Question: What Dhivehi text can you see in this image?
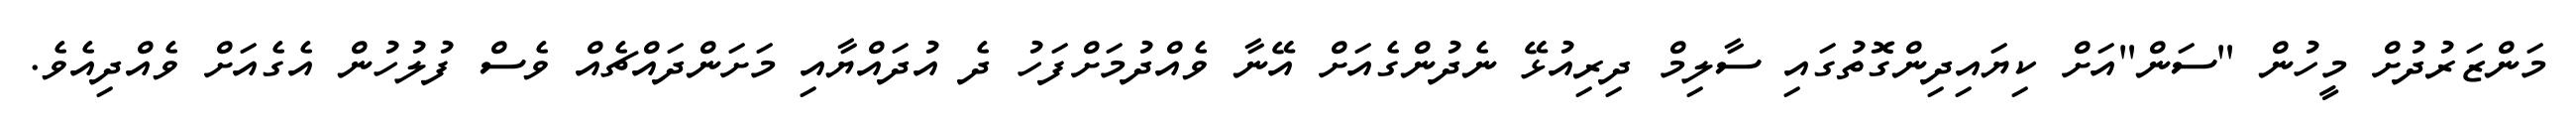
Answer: މަންޒަރުދުށް މީހުން "ސަން"އަށް ކިޔައިދިންގޮތުގައި ސާލިމް ދިރިއުޅޭ ނެދުންގެއަށް އޭނާ ވެއްދުމަށްފަހު ދެ އުދައްޔާއި މަށަންދައްޗެއް ވެސް ފުލުހުން އެގެއަށް ވެއްދިއެވެ.